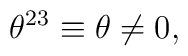
\theta^{23} \equiv \theta \ne 0,